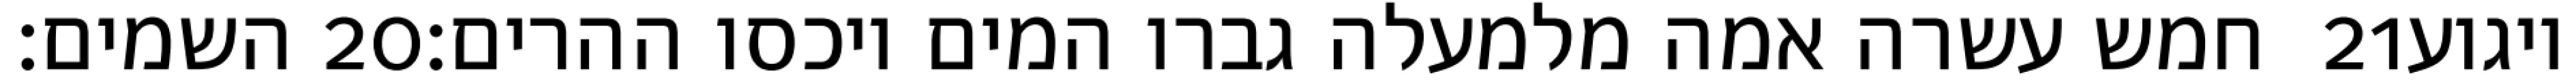
השמים׃ ‎20‏ חמש עשרה אמה מלמעלה גברו המים ויכסו ההרים׃ ‎21‏ ויגוע